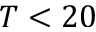
T < 2 0